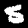
Label: 5